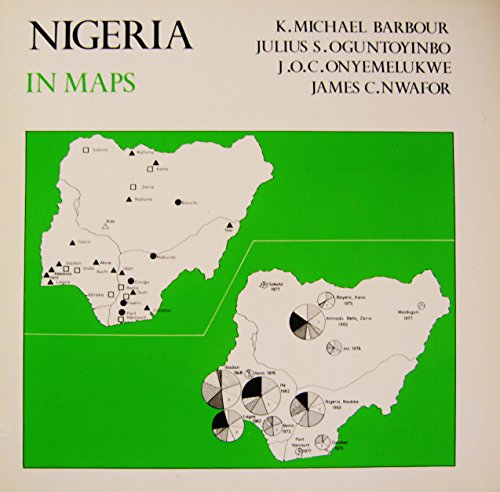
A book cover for Nigeria in Maps; Travel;